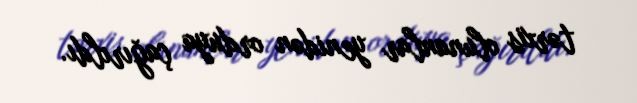
tərxis olunanlar yenidən orduya çağırıldı.